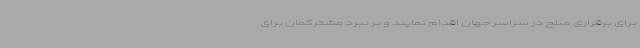
برای برقراری صلح در سراسر جهان اقدام نمایند و بر نبرد مشترکمان برای